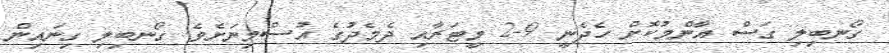
ގޯނބިލި ގަސް އާންމުކޮށް ހެދެނީ 9-2 މީޓަރާއި ދެމެދުގެ އުސްމިނަށެވެ. ގޯނބިލި ގިނައިން